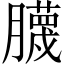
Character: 𱼢